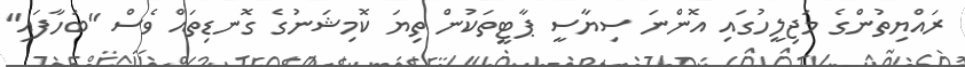
ރައްޔިތުންގެ މަޖިލީހުގައި އޮންނަ ސިޔާސީ ޕާޓީތަކުން ތިޔަ ކޮމިޝަނުގެ ގޮނޑިތައް ވެސް "ބަހާފައި"